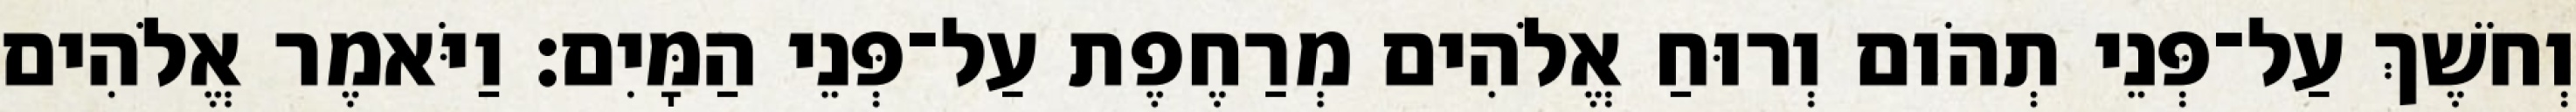
וְחֹשֶׁךְ עַל־פְּנֵי תְהֹום וְרוּחַ אֱלֹהִים מְרַחֶפֶת עַל־פְּנֵי הַמָּיִם׃ וַיֹּאמֶר אֱלֹהִים